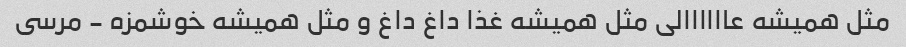
مثل همیشه عاااااالى مثل همیشه غذا داغ داغ و مثل همیشه خوشمزه - مرسى